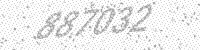
Solution: 887032